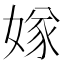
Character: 𡟝